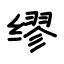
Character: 缪